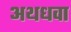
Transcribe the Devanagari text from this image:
अथधवा